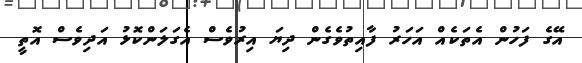
އޭގެ ފަހުން އެތަކެއް އަހަރު ފާއިތުވެގެން ދިޔަ އިރުވެސް އެގަލަންކޮޅު އަދިވެސް އޮތީ